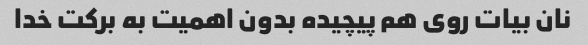
نان بیات روی هم پیچیده بدون اهمیت به برکت خدا‌